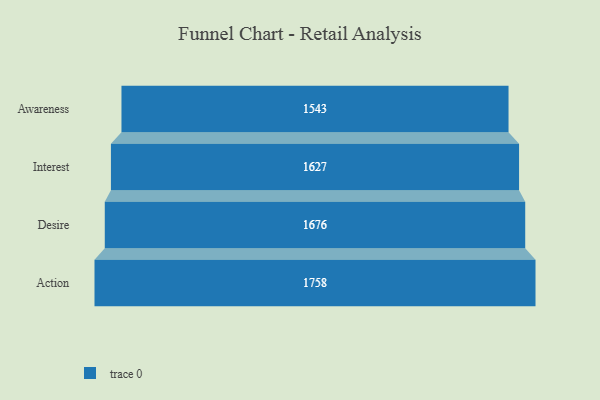
{"axis": {"x": "Stage", "y": "Value"}, "legend": [""], "data": [{"x": "Awareness", "y": 1543.0, "type": ""}, {"x": "Interest", "y": 1627.0, "type": ""}, {"x": "Desire", "y": 1676.0, "type": ""}, {"x": "Action", "y": 1758.0, "type": ""}]}